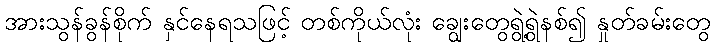
အားသွန်ခွန်စိုက် နှင်နေရသဖြင့် တစ်ကိုယ်လုံး ချွေးတွေရွဲ့ရွဲနစ်၍ နှုတ်ခမ်းတွေ